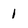
Character: 1